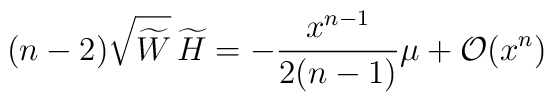
(n-2)\sqrt{\widetilde W}\,\widetilde H = -\frac{x^{n-1}}{2(n-1)}\mu +{\cal O}(x^n)